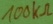
Text: 100KΩ